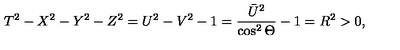
T ^ { 2 } - X ^ { 2 } - Y ^ { 2 } - Z ^ { 2 } = U ^ { 2 } - V ^ { 2 } - 1 = \frac { \bar { U } ^ { 2 } } { \cos ^ { 2 } \Theta } - 1 = R ^ { 2 } > 0 ,